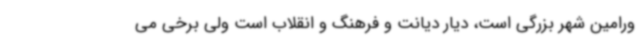
ورامین شهر بزرگی است، دیار دیانت و فرهنگ و انقلاب است ولی برخی می